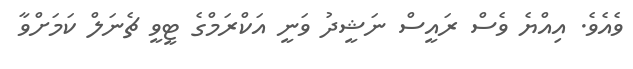
ވެއެވެ. އިއްޔެ ވެސް ރައީސް ނަޝީދު ވަނީ އަކްރަމްގެ ޓީވީ ޗެނަލް ކަމަށްވާ